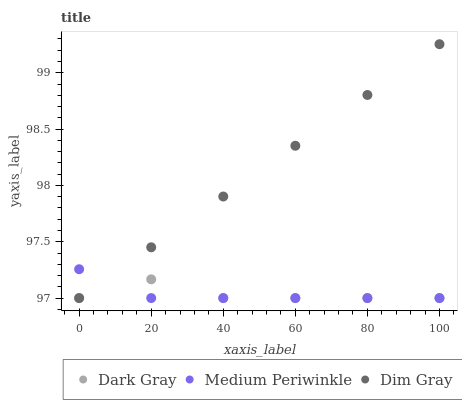
| xaxis_label | Dark Gray | Medium Periwinkle | Dim Gray |
 | --- | --- | --- | --- |
 | 0 | 97 | 97.3 | 97 |
 | 20 | 97.2 | 97 | 97.5 |
 | 40 | 97 | 97 | 97.9 |
 | 60 | 97 | 97 | 98.4 |
 | 80 | 97 | 97 | 98.8 |
 | 100 | 97 | 97 | 99.3 |